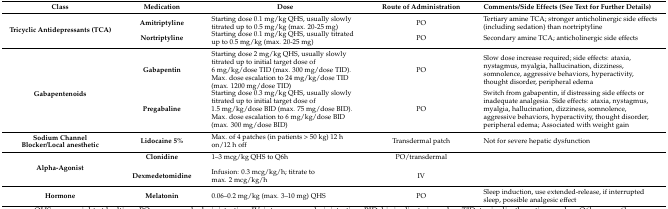
<table><thead><tr><td><b>Class</b></td><td><b>Medication</b></td><td><b>Dose</b></td><td><b>Route of Administration</b></td><td><b>Comments/Side Effects (See Text for Further Details)</b></td></tr></thead><tbody><tr><td rowspan="2"><b>Tricyclic Antidepressants (TCA)</b></td><td><b>Amitriptyline</b></td><td>Starting dose 0.1 mg/kg QHS, usually slowly titrated up to 0.5 mg/kg (max. 20-25 mg)</td><td>PO</td><td>Tertiary amine TCA; stronger anticholinergic side effects (including sedation) than nortriptyline</td></tr><tr><td><b>Nortriptyline</b></td><td>Starting dose 0.1 mg/kg QHS, usually titrated up to 0.5 mg/kg (max. 20-25 mg)</td><td>PO</td><td>Secondary amine TCA; anticholinergic side effects</td></tr><tr><td rowspan="2"><b>Gabapentenoids</b></td><td><b>Gabapentin</b></td><td>Starting dose 2 mg/kg QHS, usually slowly titrated up to initial target dose of 6 mg/kg/dose TID (max. 300 mg/dose TID). Max. dose escalation to 24 mg/kg/dose TID (max. 1200 mg/dose TID)</td><td>PO</td><td>Slow dose increase required; side effects: ataxia, nystagmus, myalgia, hallucination, dizziness, somnolence, aggressive behaviors, hyperactivity, thought disorder, peripheral edema</td></tr><tr><td><b>Pregabaline</b></td><td>Starting dose 0.3 mg/kg QHS, usually slowly titrated up to initial target dose of 1.5 mg/kg/dose BID (max. 75 mg/dose BID). Max. dose escalation to 6 mg/kg/dose BID (max. 300 mg/dose BID)</td><td>PO</td><td>Switch from gabapentin, if distressing side effects or inadequate analgesia. Side effects: ataxia, nystagmus, myalgia, hallucination, dizziness, somnolence, aggressive behaviors, hyperactivity, thought disorder, peripheral edema; Associated with weight gain</td></tr><tr><td><b>Sodium Channel Blocker/Local anesthetic</b></td><td><b>Lidocaine 5%</b></td><td>Max. of 4 patches (in patients &gt; 50 kg) 12 h on/12 h off</td><td>Transdermal patch</td><td>Not for severe hepatic dysfunction</td></tr><tr><td rowspan="3"><b>Alpha-Agonist</b></td><td><b>Clonidine</b></td><td>1–3 mcg/kg QHS to Q6h</td><td>PO/transdermal</td><td rowspan="3"></td></tr><tr><td><b>Dexmedetomidine</b></td><td>Infusion: 0.3 mcg/kg/h; titrate to max. 2 mcg/kg/h</td><td>IV</td></tr><tr><td><b>Hormone</b></td><td><b>Melatonin</b></td><td>0.06–0.2 mg/kg (max. 3–10 mg) QHS</td><td>PO</td><td>Sleep induction, use extended-release, if interrupted sleep, possible analgesic effect</td></tr></tbody></table>